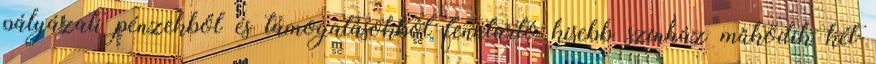
pályázati pénzekből és támogatásokból fenntartó kisebb színház működik két